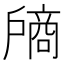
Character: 𰒵